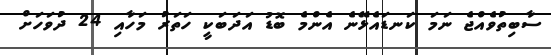
ސާބިތުވެއްޖެ ނަމަ ކަނޑައެޅޭނެ އެންމެ ބޮޑު އަދަބަކީ ހަތަރު މަހާއި 24 ދުވަހަށް